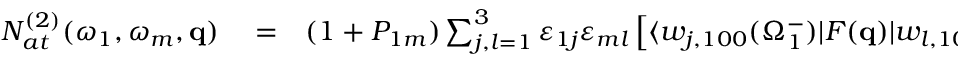
\begin{array} { r l r } { { \cal N } _ { a t } ^ { ( 2 ) } ( \omega _ { 1 } , \omega _ { m } , \mathbf { q } ) } & { { } = } & { ( 1 + { \cal P } _ { 1 m } ) \sum _ { j , l = 1 } ^ { 3 } \varepsilon _ { 1 j } \varepsilon _ { m l } \left[ \langle w _ { j , 1 0 0 } ( \Omega _ { 1 } ^ { - } ) | F ( \mathbf { q } ) | { w } _ { l , 1 0 0 } ( \Omega _ { m } ^ { + } ) \rangle \right. } \end{array}